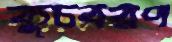
কুচবরণ